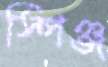
স্পিঞ্জ